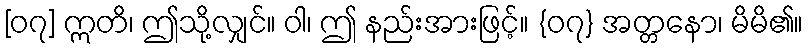
[၀၇] ဣတိ၊ ဤသို့လျှင်။ ဝါ၊ ဤ နည်းအားဖြင့်။ {၀၇} အတ္တနော၊ မိမိ၏။